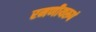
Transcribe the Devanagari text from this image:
रमणीयरूपं